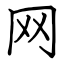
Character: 网